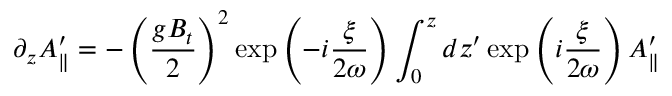
\partial _ { z } A _ { \parallel } ^ { \prime } = - \left( { \frac { g B _ { t } } { 2 } } \right) ^ { 2 } \exp \left( - i { \frac { \xi } { 2 \omega } } \right) \int _ { 0 } ^ { z } d z ^ { \prime } \exp \left( i { \frac { \xi } { 2 \omega } } \right) A _ { \parallel } ^ { \prime }